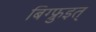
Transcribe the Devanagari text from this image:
बिग्फ्रुइत्